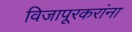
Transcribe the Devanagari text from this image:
विजापूरकरांना